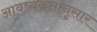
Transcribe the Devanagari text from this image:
आवष्यकतानुसार